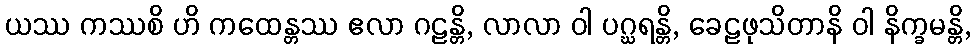
ယဿ ကဿစိ ဟိ ကထေန္တဿ ဧလာ ဂဠန္တိ, လာလာ ဝါ ပဂ္ဃရန္တိ, ခေဠဖုသိတာနိ ဝါ နိက္ခမန္တိ,